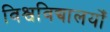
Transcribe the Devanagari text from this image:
विश्वविद्यालयोँ